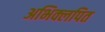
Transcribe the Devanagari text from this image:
अभिक्लपित